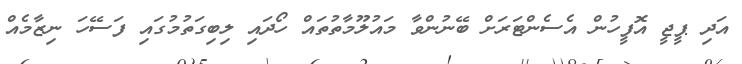
އަދި ޕީޖީ އޮފީހުން އެސެންޓަރަށް ބޭނުންވާ މައުލޫމާތުތައް ހޯދައި ލިބިގަތުމުގައި ފަސޭހަ ނިޒާމެއް